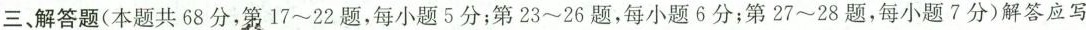
三、解答题(本题共68分，第17~22题，每小题5分；第23~26题，每小题6分；第27~28题，每小题7分)解答应写